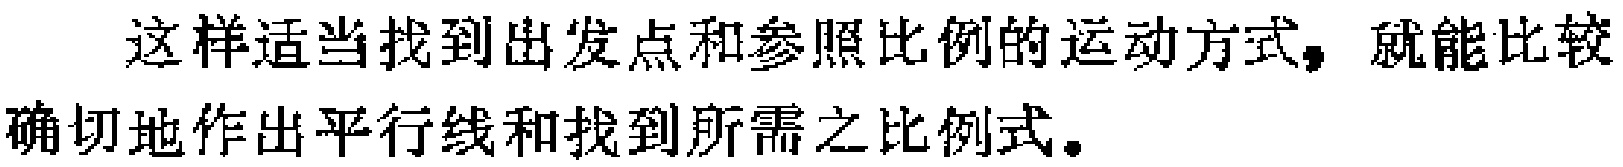
这样适当找到出发点和参照比例的运动方式，就能比较确切地作出平行线和找到所需之比例式。